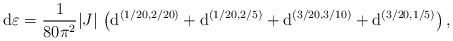
LaTeX: \begin{align*}\mathrm{d}\varepsilon = \frac{1}{80\pi^2} |J| \, \left( \mathrm{d}^{(1/20,2/20)} + \mathrm{d}^{(1/20,2/5)} + \mathrm{d}^{(3/20,3/10)} + \mathrm{d}^{(3/20,1/5)} \right),\end{align*}